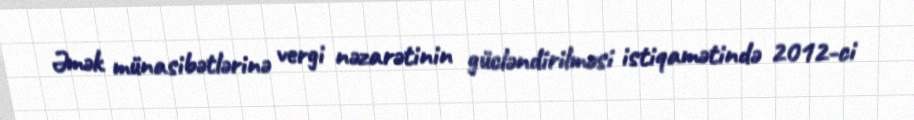
Əmək münasibətlərinə vergi nəzarətinin gücləndirilməsi istiqamətində 2012-ci